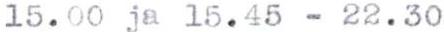
15.00 ja 15.45-22.30